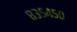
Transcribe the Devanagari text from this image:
८३५४५०